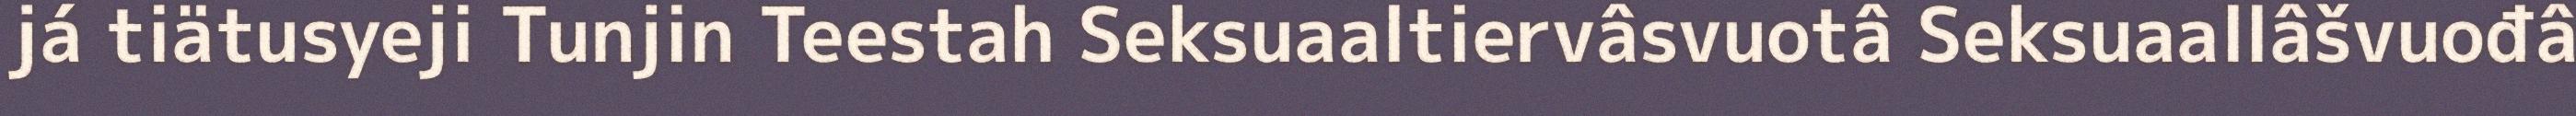
já tiätusyeji Tunjin Teestah Seksuaaltiervâsvuotâ Seksuaallâšvuođâ